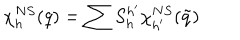
LaTeX: \chi _ { h } ^ { N S } ( q ) = \sum S _ { h } ^ { h ^ { \prime } } \chi _ { h ^ { \prime } } ^ { N S } ( \tilde { q } )